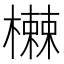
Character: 𬄸